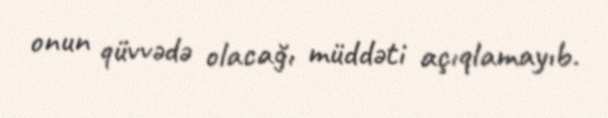
onun qüvvədə olacağı müddəti açıqlamayıb.